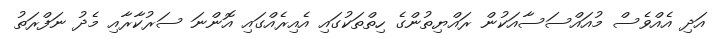
އަދި އެއްވެސް މުއައްސަސާއަކުން ރައްޔިތުންގެ ހިތްތަކުގައި އެއިރެއްގައި އޮންނަ ސަރުކާރާއި މެދު ނަފްރަތު